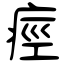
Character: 痙